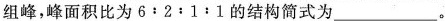
组峰，峰面积比为$$6:2:1:1$$的结构简式为___。